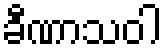
ခီဏာသဝါ